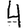
Digit: 4